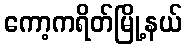
ကော့ကရိတ်မြို့နယ်